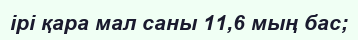
ірі қара мал саны 11,6 мың бас;